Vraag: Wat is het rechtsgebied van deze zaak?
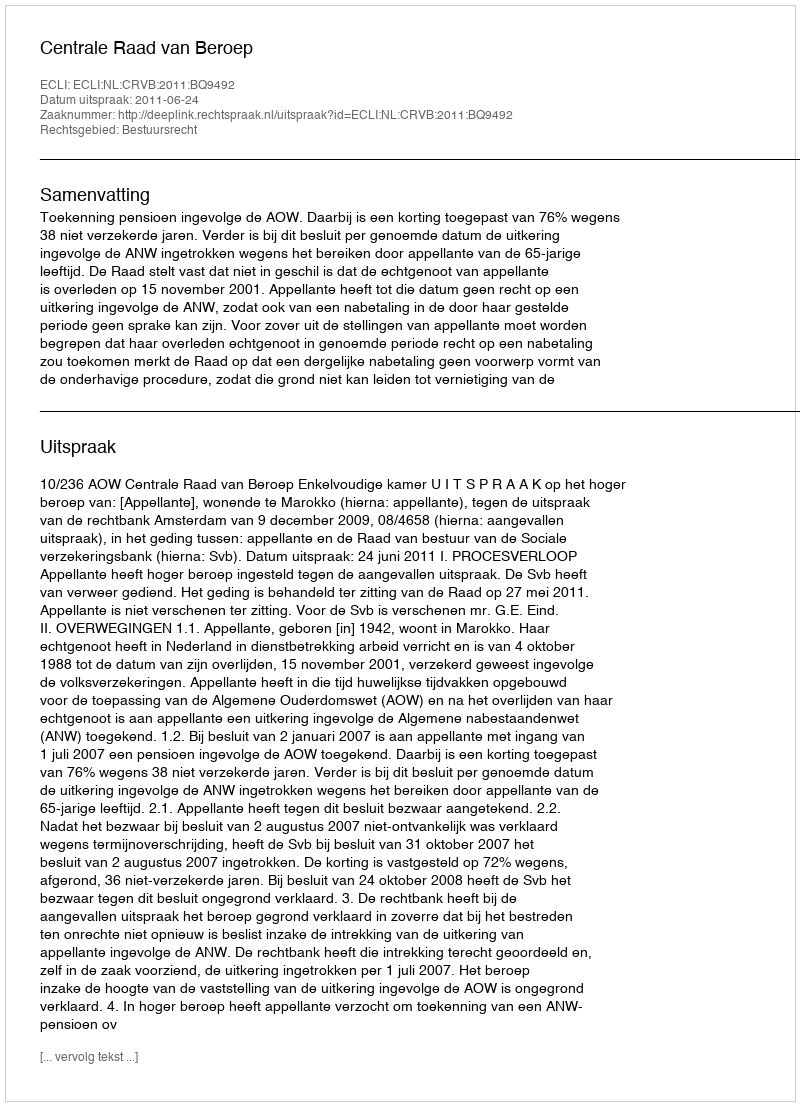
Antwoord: Bestuursrecht